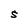
Character: S